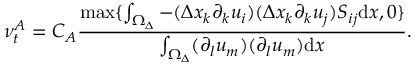
\nu _ { t } ^ { A } = C _ { A } \frac { \mathrm { m a x } \{ \int _ { \Omega _ { \Delta } } - ( \Delta x _ { k } \partial _ { k } u _ { i } ) ( \Delta x _ { k } \partial _ { k } u _ { j } ) S _ { i j } \mathrm { d } x , 0 \} } { \int _ { \Omega _ { \Delta } } ( \partial _ { l } u _ { m } ) ( \partial _ { l } u _ { m } ) \mathrm { d } x } .